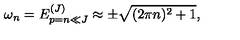
\omega _ { n } = E _ { p = n \ll J } ^ { ( J ) } \approx \pm \sqrt { ( 2 \pi n ) ^ { 2 } + 1 } ,